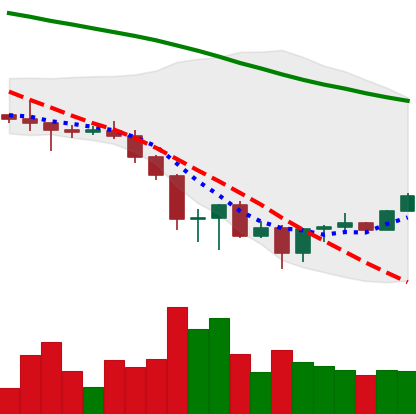
Ticker: BNB-USD
Chart end date: 2022-06-24
Forward return: -8.722%
Label: down_7plus